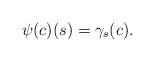
LaTeX: \begin{align*}\psi(c)(s)=\gamma_s(c).\end{align*}